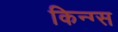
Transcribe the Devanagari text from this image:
किन्ग्स